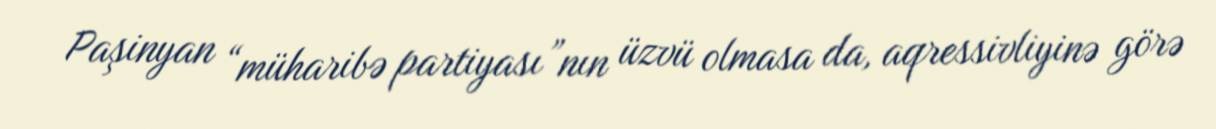
Paşinyan “müharibə partiyası”nın üzvü olmasa da, aqressivliyinə görə